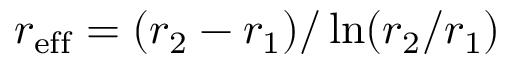
r _ { \mathrm { e f f } } = ( r _ { 2 } - r _ { 1 } ) / \ln ( r _ { 2 } / r _ { 1 } )